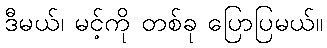
ဒီမယ်၊ မင့်ကို တစ်ခု ပြောပြမယ်။